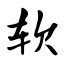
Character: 软